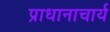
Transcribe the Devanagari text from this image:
प्राधानाचार्य